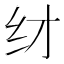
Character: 䌶